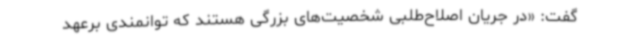
گفت: «در جریان اصلاح‌طلبی شخصیت‌های بزرگی هستند که توانمندی برعهد